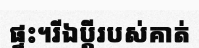
ផ្ទះ។រីឯប្តីរបស់គាត់